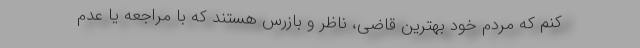
کنم که مردم خود بهترین قاضی، ناظر و بازرس هستند که با مراجعه یا عدم